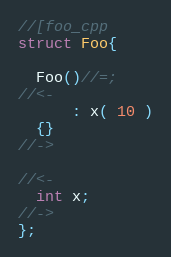
Language: C++
//[foo_cpp
struct Foo{

  Foo()//=;
//<-
      : x( 10 )
  {}
//->

//<-
  int x;
//->
};